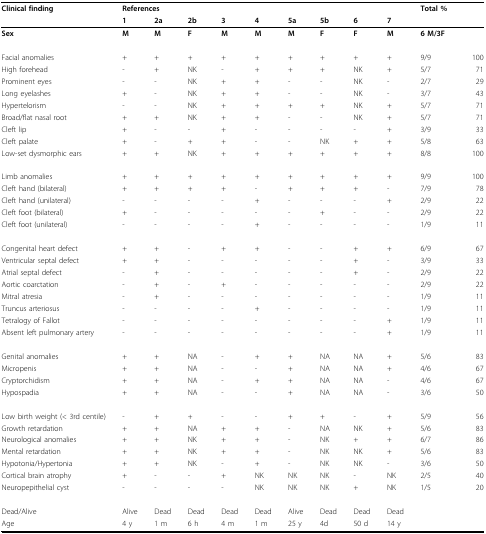
<table><thead><tr><td><b>Clinical finding</b></td><td colspan="9"><b>References</b></td><td colspan="2"><b>Total %</b></td></tr><tr><td></td><td><b>1</b></td><td><b>2a</b></td><td><b>2b</b></td><td><b>3</b></td><td><b>4</b></td><td><b>5a</b></td><td><b>5b</b></td><td><b>6</b></td><td><b>7</b></td><td></td><td></td></tr></thead><tbody><tr><td><b>Sex</b></td><td><b>M</b></td><td><b>M</b></td><td><b>F</b></td><td><b>M</b></td><td><b>M</b></td><td><b>M</b></td><td><b>F</b></td><td><b>F</b></td><td><b>M</b></td><td><b>6 M/3F</b></td><td></td></tr><tr><td>Facial anomalies</td><td>+</td><td>+</td><td>+</td><td>+</td><td>+</td><td>+</td><td>+</td><td>+</td><td>+</td><td>9/9</td><td>100</td></tr><tr><td>High forehead</td><td>-</td><td>+</td><td>NK</td><td>-</td><td>+</td><td>+</td><td>+</td><td>NK</td><td>+</td><td>5/7</td><td>71</td></tr><tr><td>Prominent eyes</td><td>-</td><td>-</td><td>NK</td><td>+</td><td>+</td><td>-</td><td>-</td><td>NK</td><td>-</td><td>2/7</td><td>29</td></tr><tr><td>Long eyelashes</td><td>+</td><td>-</td><td>NK</td><td>+</td><td>+</td><td>-</td><td>-</td><td>NK</td><td>-</td><td>3/7</td><td>43</td></tr><tr><td>Hypertelorism</td><td>-</td><td>-</td><td>NK</td><td>+</td><td>+</td><td>+</td><td>+</td><td>NK</td><td>+</td><td>5/7</td><td>71</td></tr><tr><td>Broad/flat nasal root</td><td>+</td><td>+</td><td>NK</td><td>+</td><td>+</td><td>-</td><td>-</td><td>NK</td><td>+</td><td>5/7</td><td>71</td></tr><tr><td>Cleft lip</td><td>+</td><td>-</td><td>-</td><td>+</td><td>-</td><td>-</td><td>-</td><td>-</td><td>+</td><td>3/9</td><td>33</td></tr><tr><td>Cleft palate</td><td>+</td><td>-</td><td>+</td><td>+</td><td>-</td><td>-</td><td>NK</td><td>+</td><td>+</td><td>5/8</td><td>63</td></tr><tr><td>Low-set dysmorphic ears</td><td>+</td><td>+</td><td>NK</td><td>+</td><td>+</td><td>+</td><td>+</td><td>+</td><td>+</td><td>8/8</td><td>100</td></tr><tr><td>Limb anomalies</td><td>+</td><td>+</td><td>+</td><td>+</td><td>+</td><td>+</td><td>+</td><td>+</td><td>+</td><td>9/9</td><td>100</td></tr><tr><td>Cleft hand (bilateral)</td><td>+</td><td>+</td><td>+</td><td>+</td><td>-</td><td>+</td><td>+</td><td>+</td><td>-</td><td>7/9</td><td>78</td></tr><tr><td>Cleft hand (unilateral)</td><td>-</td><td>-</td><td>-</td><td>-</td><td>+</td><td>-</td><td>-</td><td>-</td><td>+</td><td>2/9</td><td>22</td></tr><tr><td>Cleft foot (bilateral)</td><td>+</td><td>-</td><td>-</td><td>-</td><td>-</td><td>-</td><td>+</td><td>-</td><td>-</td><td>2/9</td><td>22</td></tr><tr><td>Cleft foot (unilateral)</td><td>-</td><td>-</td><td>-</td><td>-</td><td>+</td><td>-</td><td>-</td><td>-</td><td>-</td><td>1/9</td><td>11</td></tr><tr><td>Congenital heart defect</td><td>+</td><td>+</td><td>-</td><td>+</td><td>+</td><td>-</td><td>-</td><td>+</td><td>+</td><td>6/9</td><td>67</td></tr><tr><td>Ventricular septal defect</td><td>+</td><td>+</td><td>-</td><td>-</td><td>-</td><td>-</td><td>-</td><td>+</td><td>-</td><td>3/9</td><td>33</td></tr><tr><td>Atrial septal defect</td><td>-</td><td>+</td><td>-</td><td>-</td><td>-</td><td>-</td><td>-</td><td>+</td><td>-</td><td>2/9</td><td>22</td></tr><tr><td>Aortic coarctation</td><td>-</td><td>+</td><td>-</td><td>+</td><td>-</td><td>-</td><td>-</td><td>-</td><td>-</td><td>2/9</td><td>22</td></tr><tr><td>Mitral atresia</td><td>-</td><td>+</td><td>-</td><td>-</td><td>-</td><td>-</td><td>-</td><td>-</td><td>-</td><td>1/9</td><td>11</td></tr><tr><td>Truncus arteriosus</td><td>-</td><td>-</td><td>-</td><td>-</td><td>+</td><td>-</td><td>-</td><td>-</td><td>-</td><td>1/9</td><td>11</td></tr><tr><td>Tetralogy of Fallot</td><td>-</td><td>-</td><td>-</td><td>-</td><td>-</td><td>-</td><td>-</td><td>-</td><td>+</td><td>1/9</td><td>11</td></tr><tr><td>Absent left pulmonary artery</td><td>-</td><td>-</td><td>-</td><td>-</td><td>-</td><td>-</td><td>-</td><td>-</td><td>+</td><td>1/9</td><td>11</td></tr><tr><td>Genital anomalies</td><td>+</td><td>+</td><td>NA</td><td>-</td><td>+</td><td>+</td><td>NA</td><td>NA</td><td>+</td><td>5/6</td><td>83</td></tr><tr><td>Micropenis</td><td>+</td><td>+</td><td>NA</td><td>-</td><td>-</td><td>+</td><td>NA</td><td>NA</td><td>+</td><td>4/6</td><td>67</td></tr><tr><td>Cryptorchidism</td><td>+</td><td>+</td><td>NA</td><td>-</td><td>+</td><td>+</td><td>NA</td><td>NA</td><td>-</td><td>4/6</td><td>67</td></tr><tr><td>Hypospadia</td><td>+</td><td>+</td><td>NA</td><td>-</td><td>-</td><td>+</td><td>NA</td><td>NA</td><td>-</td><td>3/6</td><td>50</td></tr><tr><td>Low birth weight (&lt; 3rd centile)</td><td>-</td><td>+</td><td>+</td><td>-</td><td>-</td><td>+</td><td>+</td><td>-</td><td>+</td><td>5/9</td><td>56</td></tr><tr><td>Growth retardation</td><td>+</td><td>+</td><td>NA</td><td>+</td><td>+</td><td>-</td><td>NA</td><td>NK</td><td>+</td><td>5/6</td><td>83</td></tr><tr><td>Neurological anomalies</td><td>+</td><td>+</td><td>NK</td><td>+</td><td>+</td><td>-</td><td>NK</td><td>+</td><td>+</td><td>6/7</td><td>86</td></tr><tr><td>Mental retardation</td><td>+</td><td>+</td><td>NK</td><td>+</td><td>+</td><td>-</td><td>NK</td><td>NK</td><td>+</td><td>5/6</td><td>83</td></tr><tr><td>Hypotonia/Hypertonia</td><td>+</td><td>+</td><td>NK</td><td>-</td><td>+</td><td>-</td><td>NK</td><td>NK</td><td>-</td><td>3/6</td><td>50</td></tr><tr><td>Cortical brain atrophy</td><td>+</td><td>-</td><td>-</td><td>+</td><td>NK</td><td>NK</td><td>NK</td><td>-</td><td>NK</td><td>2/5</td><td>40</td></tr><tr><td>Neuropepithelial cyst</td><td>-</td><td>-</td><td>-</td><td>-</td><td>NK</td><td>NK</td><td>NK</td><td>+</td><td>NK</td><td>1/5</td><td>20</td></tr><tr><td>Dead/Alive</td><td>Alive</td><td>Dead</td><td>Dead</td><td>Dead</td><td>Dead</td><td>Alive</td><td>Dead</td><td>Dead</td><td>Dead</td><td></td><td></td></tr><tr><td>Age</td><td>4 y</td><td>1 m</td><td>6 h</td><td>4 m</td><td>1 m</td><td>25 y</td><td>4d</td><td>50 d</td><td>14 y</td><td></td><td></td></tr></tbody></table>